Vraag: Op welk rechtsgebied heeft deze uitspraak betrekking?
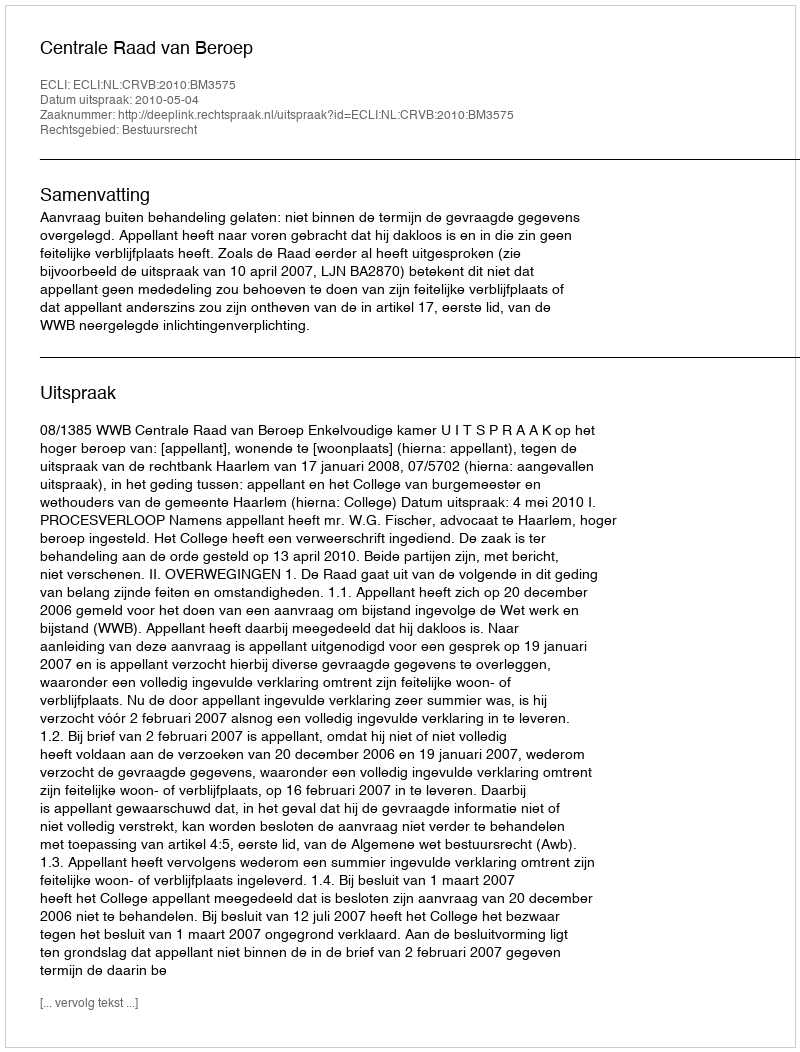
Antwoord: Bestuursrecht